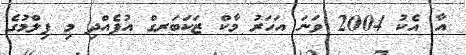
އާ އެކު 2004 ވަނަ އަހަރު މާކް ޒަކަބަރގް އުފެއްދި މި ފިލްމުގެ